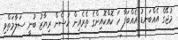
މުޖޭގެ އެއްބަނޑު އެއްބަފާ ހަ ކޮއްކޮއިންގެ ތެރެއިން ހުސެން ރިޔާޒު ބުނީ ސަލާމަތްވި